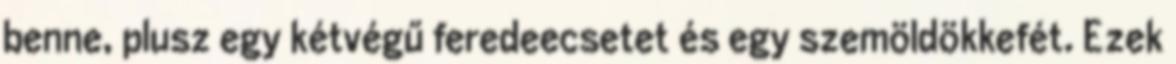
benne, plusz egy kétvégű feredeecsetet és egy szemöldökkefét. Ezek